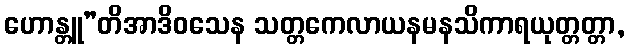
ဟောန္တူ”တိအာဒိဝသေန သတ္တကေလာယနမနသိကာရယုတ္တတ္တာ,